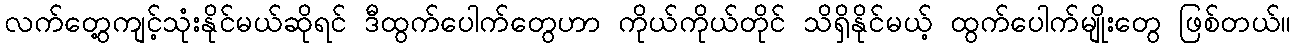
လက်တွေ့ကျင့်သုံးနိုင်မယ်ဆိုရင် ဒီထွက်ပေါက်တွေဟာ ကိုယ်ကိုယ်တိုင် သိရှိနိုင်မယ့် ထွက်ပေါက်မျိုးတွေ ဖြစ်တယ်။